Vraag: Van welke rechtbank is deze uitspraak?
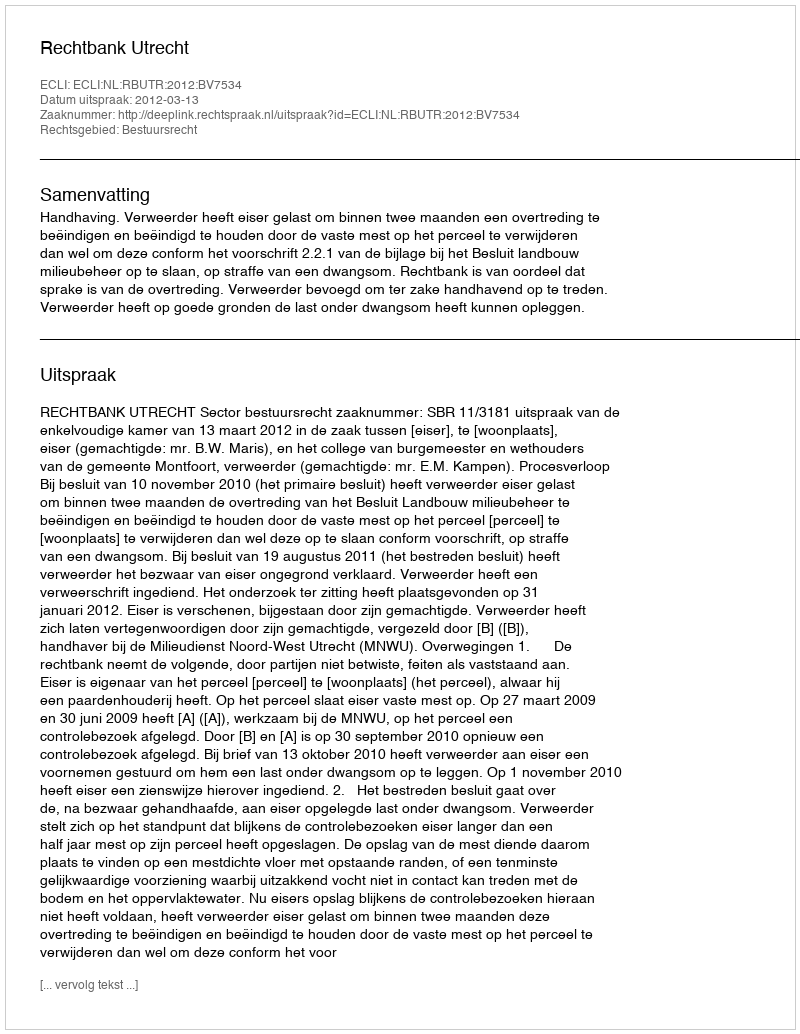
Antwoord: Rechtbank Utrecht